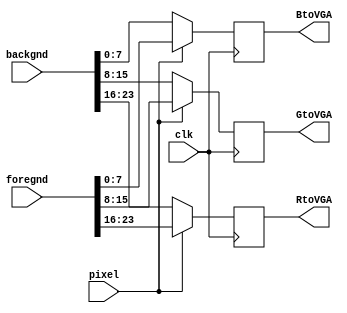
module ColorScheme (
    input [23:0] foregnd,
	 input [23:0] backgnd,
	 input pixel,
	 input clk,
    output reg [7:0] RtoVGA,
	 output reg [7:0] GtoVGA,
	 output reg [7:0] BtoVGA
);

//'h000066 RGB Background default WP5.1 Blue
//'hE0E0E0 RGB Foreground default WP5.1 Light Gray

always @(posedge clk) begin
	if (pixel) begin
		RtoVGA <= foregnd[23:16];
		GtoVGA <= foregnd[15:8];
		BtoVGA <= foregnd[7:0];
	end
	else begin
		RtoVGA <= backgnd[23:16];
		GtoVGA <= backgnd[15:8];
		BtoVGA <= backgnd[7:0];
	end
end
endmodule